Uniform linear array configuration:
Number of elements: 48
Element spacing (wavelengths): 0.75
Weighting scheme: exponential
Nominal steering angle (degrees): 30
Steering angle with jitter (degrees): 29.483
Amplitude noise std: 0.05
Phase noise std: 0.05

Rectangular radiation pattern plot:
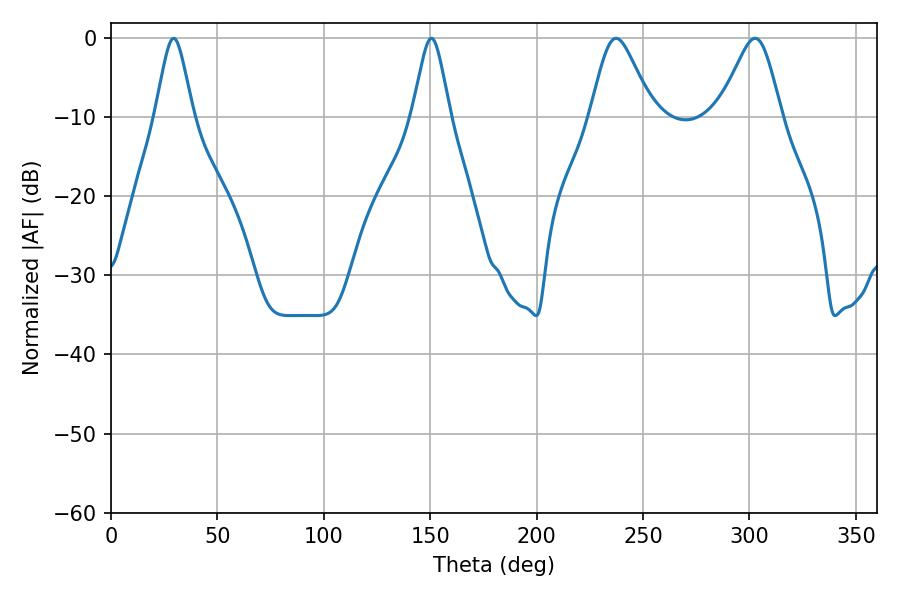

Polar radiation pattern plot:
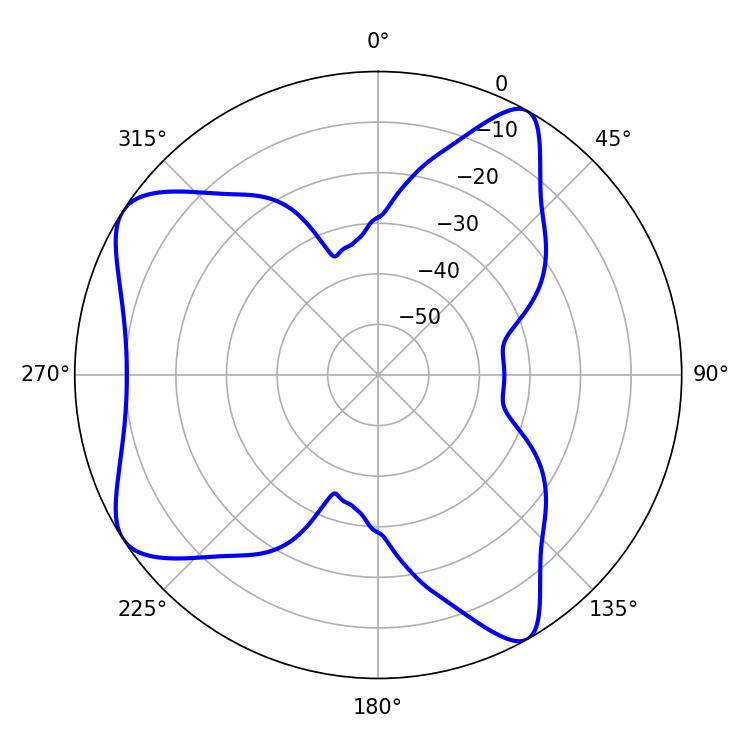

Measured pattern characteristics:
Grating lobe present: TRUE
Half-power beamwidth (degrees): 14.22
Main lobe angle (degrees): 237.42